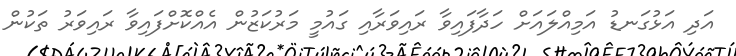
އަދި އަޅުގަނޑު އަމިއްލައަށް ހަދާފައިވާ ރައިވަރާއި ގައުމީ މަރުކަޒުން އެއްކޮށްފައިވާ ރައިވަރު ތަކުން